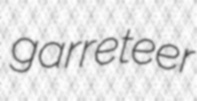
garreteer